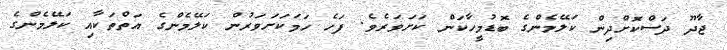
ޖާދޫ ދަސްކޮށްދިން ކަލޭމެންގެ ބޮޑުމީހާކަން ކަށަވަރެވެ. ފަހެ ހަމަކަށަވަރުން ކަލޭމެންގެ އަތްތަކާއި ކަލޭމެންގެ